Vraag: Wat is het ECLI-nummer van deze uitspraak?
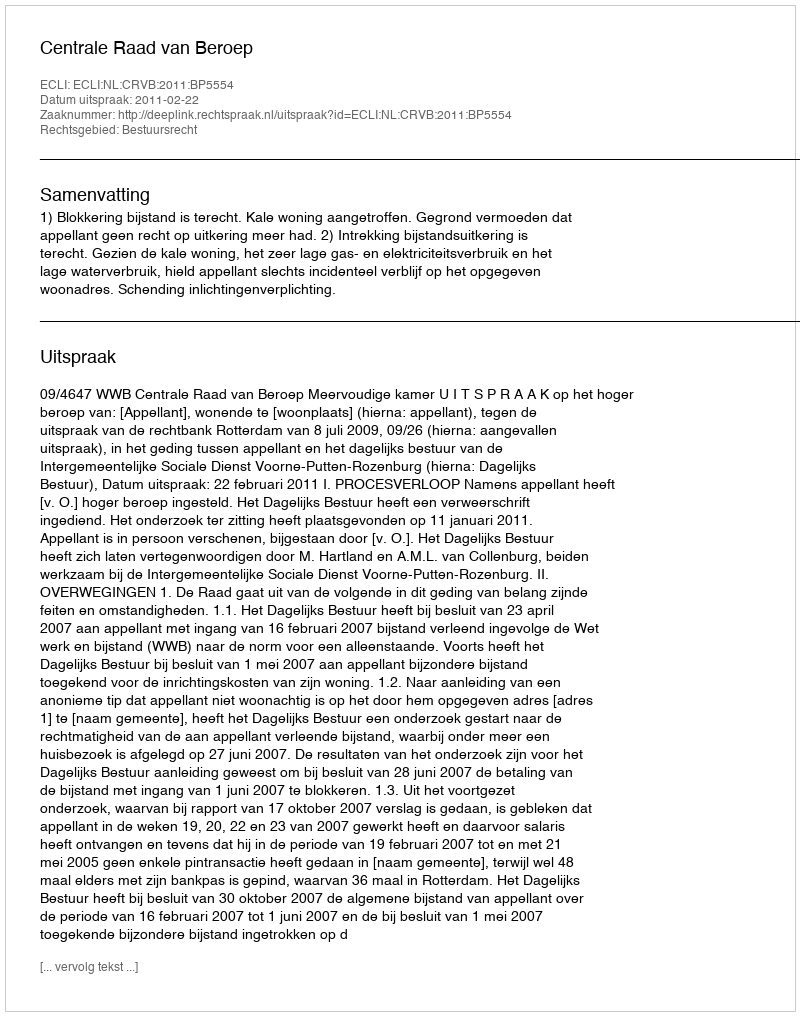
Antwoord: ECLI:NL:CRVB:2011:BP5554